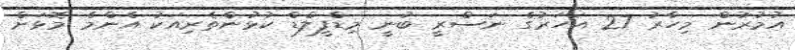
އުމުރުން މިހާރު 27 އަހަރުގެ ނަސްރީ ބުނީ މިޑްފީލްޑް ކުޅުންތެރިއަކު އެންމެ މޮޅަށް